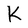
Character: K